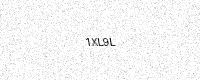
Text: 1XL9L